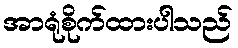
အာရုံစိုက်ထားပါသည်